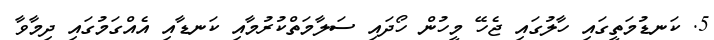
5. ކަނޑުމަތީގައި ހާލުގައި ޖެހޭ މީހުން ހޯދައި ސަލާމަތްކުރުމާއި ކަނޑާއި އެއްގަމުގައި ދިމާވާ